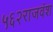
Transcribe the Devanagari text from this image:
५६२राजवंश